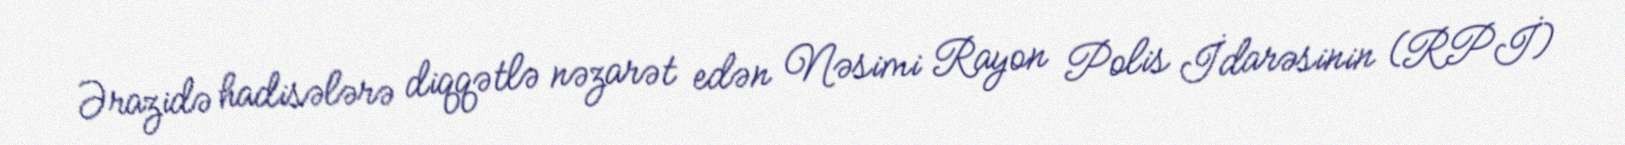
Ərazidə hadisələrə diqqətlə nəzarət edən Nəsimi Rayon Polis İdarəsinin (RPİ)